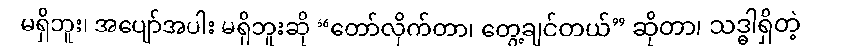
မရှိဘူး၊ အပျော်အပါး မရှိဘူးဆို “တော်လိုက်တာ၊ တွေ့ချင်တယ်” ဆိုတာ၊ သဒ္ဓါရှိတဲ့